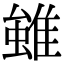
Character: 𨿽